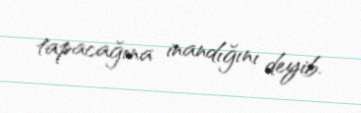
tapacağına inandığını deyib.